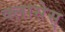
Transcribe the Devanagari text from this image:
क्लासेस्